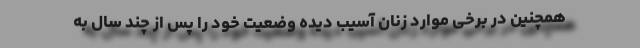
همچنین در برخی موارد زنان آسیب دیده وضعیت خود را پس از چند سال به